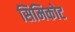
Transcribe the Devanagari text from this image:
सिमिकोट